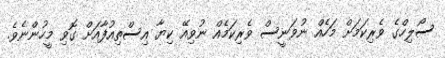
ސޯލިހްގެ ވެރިކަމަށް މަހެއް ނުވަނީސް ވެރިކަމެއް ނުވިއޭ ކިޔާ އިސްތިއުފާއަށް ގޮވި މީހުންނެވެ.